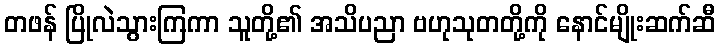
တဖန် ပြိုလဲသွားကြကာ သူတို့၏ အသိပညာ ဗဟုသုတတို့ကို နောင်မျိုးဆက်ဆီ